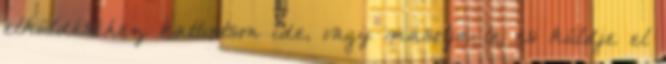
elküldéséhez kattintson ide, vagy másolja le és küldje el